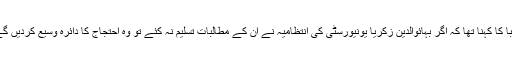
طلبا کا کہنا تھا کہ اگر بہائوالدین زکریا یونیورسٹی کی انتظامیہ نے ان کے مطالبات تسلیم نہ کئے تو وہ احتجاج کا دائرہ وسیع کردیں گے۔